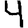
Digit: 4